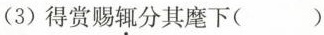
(3)得赏赐辄分其麾下( )